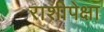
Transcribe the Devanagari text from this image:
राशीपेक्षा